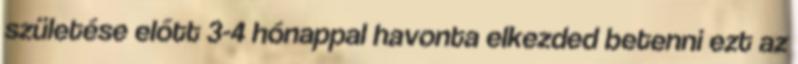
születése előtt 3-4 hónappal havonta elkezded betenni ezt az